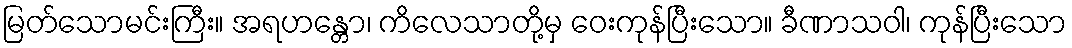
မြတ်သောမင်းကြီး။ အရဟန္တော၊ ကိလေသာတို့မှ ဝေးကုန်ပြီးသော။ ခီဏာသဝါ၊ ကုန်ပြီးသော